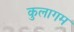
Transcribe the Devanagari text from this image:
कुलागम